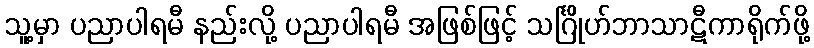
သူ့မှာ ပညာပါရမီ နည်းလို့ ပညာပါရမီ အဖြစ်ဖြင့် သင်္ဂြိုဟ်ဘာသာဋီကာရိုက်ဖို့